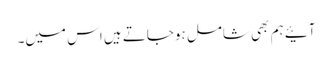
آئیے ہم بھی شامل ہوجاتے ہیں اس میں۔